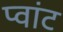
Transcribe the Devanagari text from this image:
प्वांट